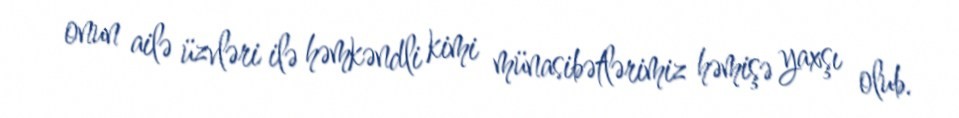
onun ailə üzvləri ilə həmkəndli kimi münasibətlərimiz həmişə yaxşı olub.